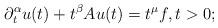
LaTeX: \begin{align*}\partial_t^\alpha u(t) + t^{\beta}Au(t) = t^{\mu}f, t>0;\end{align*}